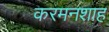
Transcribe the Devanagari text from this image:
करमनशाह